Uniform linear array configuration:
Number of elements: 12
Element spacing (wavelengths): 0.75
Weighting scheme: binomial
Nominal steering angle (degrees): -30
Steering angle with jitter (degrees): -30.466
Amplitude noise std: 0.05
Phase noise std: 0.05

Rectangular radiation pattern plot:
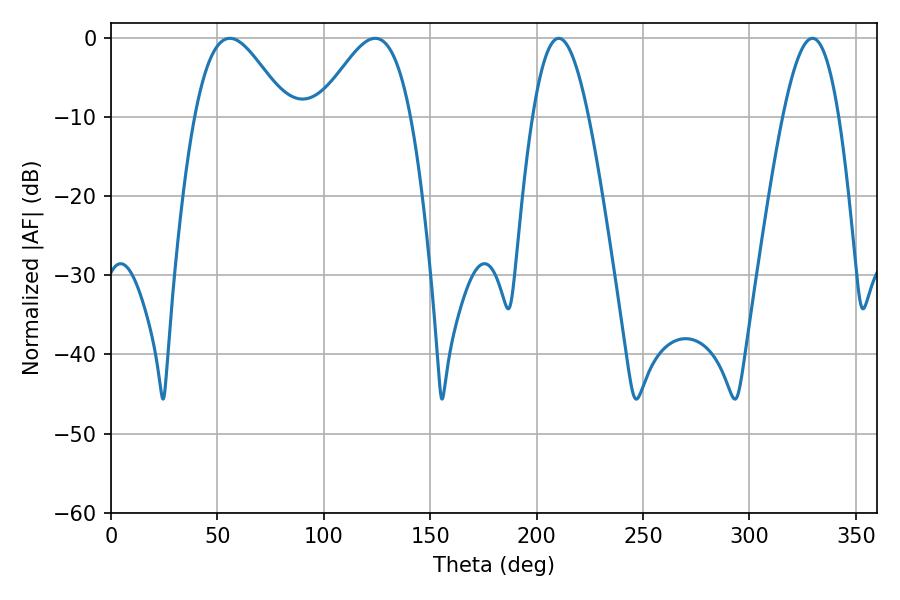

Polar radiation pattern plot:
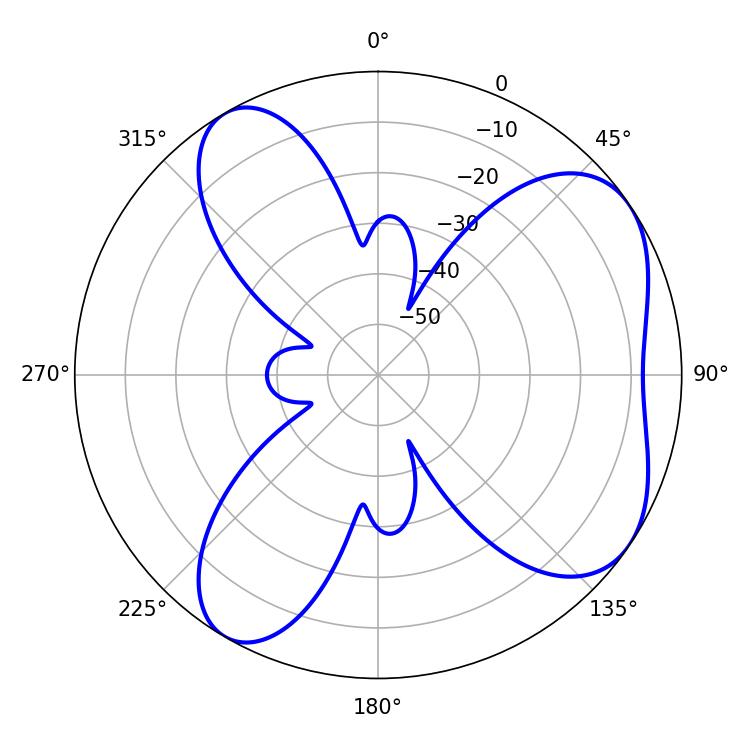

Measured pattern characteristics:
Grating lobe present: TRUE
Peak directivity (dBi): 5.939
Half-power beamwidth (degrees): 23.22
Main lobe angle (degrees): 55.8